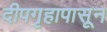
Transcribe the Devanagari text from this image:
दीपगृहापासून